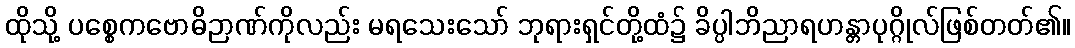
ထိုသို့ ပစ္စေကဗောဓိဉာဏ်ကိုလည်း မရသေးသော် ဘုရားရှင်တို့ထံ၌ ခိပ္ပါဘိညာရဟန္တာပုဂ္ဂိုလ်ဖြစ်တတ်၏။